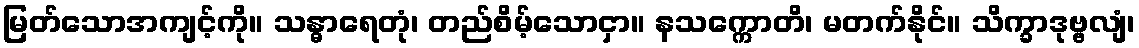
မြတ်သောအကျင့်ကို။ သန္ဓာရေတုံ၊ တည်စိမ့်သောငှာ။ နသက္ကောတိ၊ မတက်နိုင်။ သိက္ခာဒုဗ္ဗလျံ၊